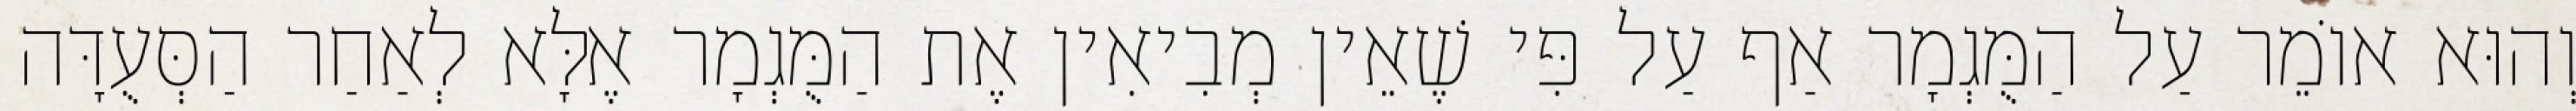
וְהוּא אוֹמֵר עַל הַמֻּגְמָר אַף עַל פִּי שֶׁאֵין מְבִיאִין אֶת הַמֻּגְמָר אֶלָּא לְאַחַר הַסְּעֻדָּה